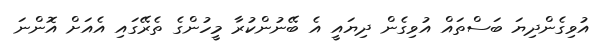
އުވިގެންދިޔަ ބަސްތައް އުވިގެން ދިޔައީ އެ ބޭނުންކުރާ މީހުންގެ ތެރޭގައި އެއަށް އޮންނަ